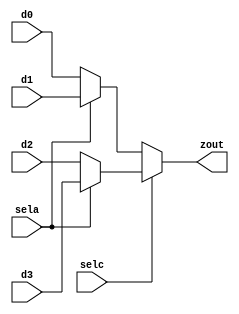
module mux4_1_conditional_data(zout,d0,d1,d2,d3,sela,selc);
 output zout;
 input d0,d1,d2,d3,sela,selc;

 assign zout = selc?(sela?d3:d2):(sela?d1:d0);
endmodule